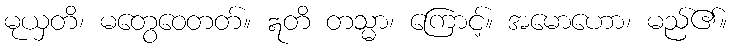
မုယှတိ၊ မတွေဝေတတ်။ ဣတိ တသ္မာ၊ ကြောင့်။ အမောဟော၊ မည်၏။